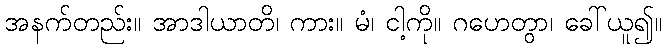
အနက်တည်း။ အာဒါယာတိ၊ ကား။ မံ၊ ငါ့ကို။ ဂဟေတွာ၊ ခေါ်ယူ၍။